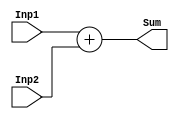
module Adder(Inp1,Inp2,Sum);

    input [31:0] Inp1,Inp2;
    output [31:0]Sum;

    assign Sum = Inp1+Inp2;

endmodule